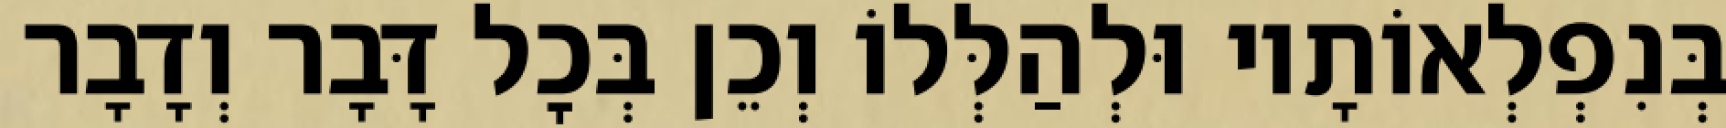
בְּנִפְלְאוֹתָיו וּלְהַלְּלוֹ וְכֵן בְּכׇל דָּבָר וְדָבָר